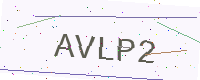
Text: AVLP2